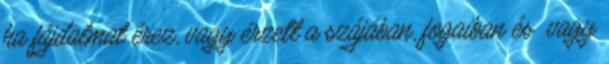
ha fájdalmat érez, vagy érzett a szájában, fogaiban és vagy